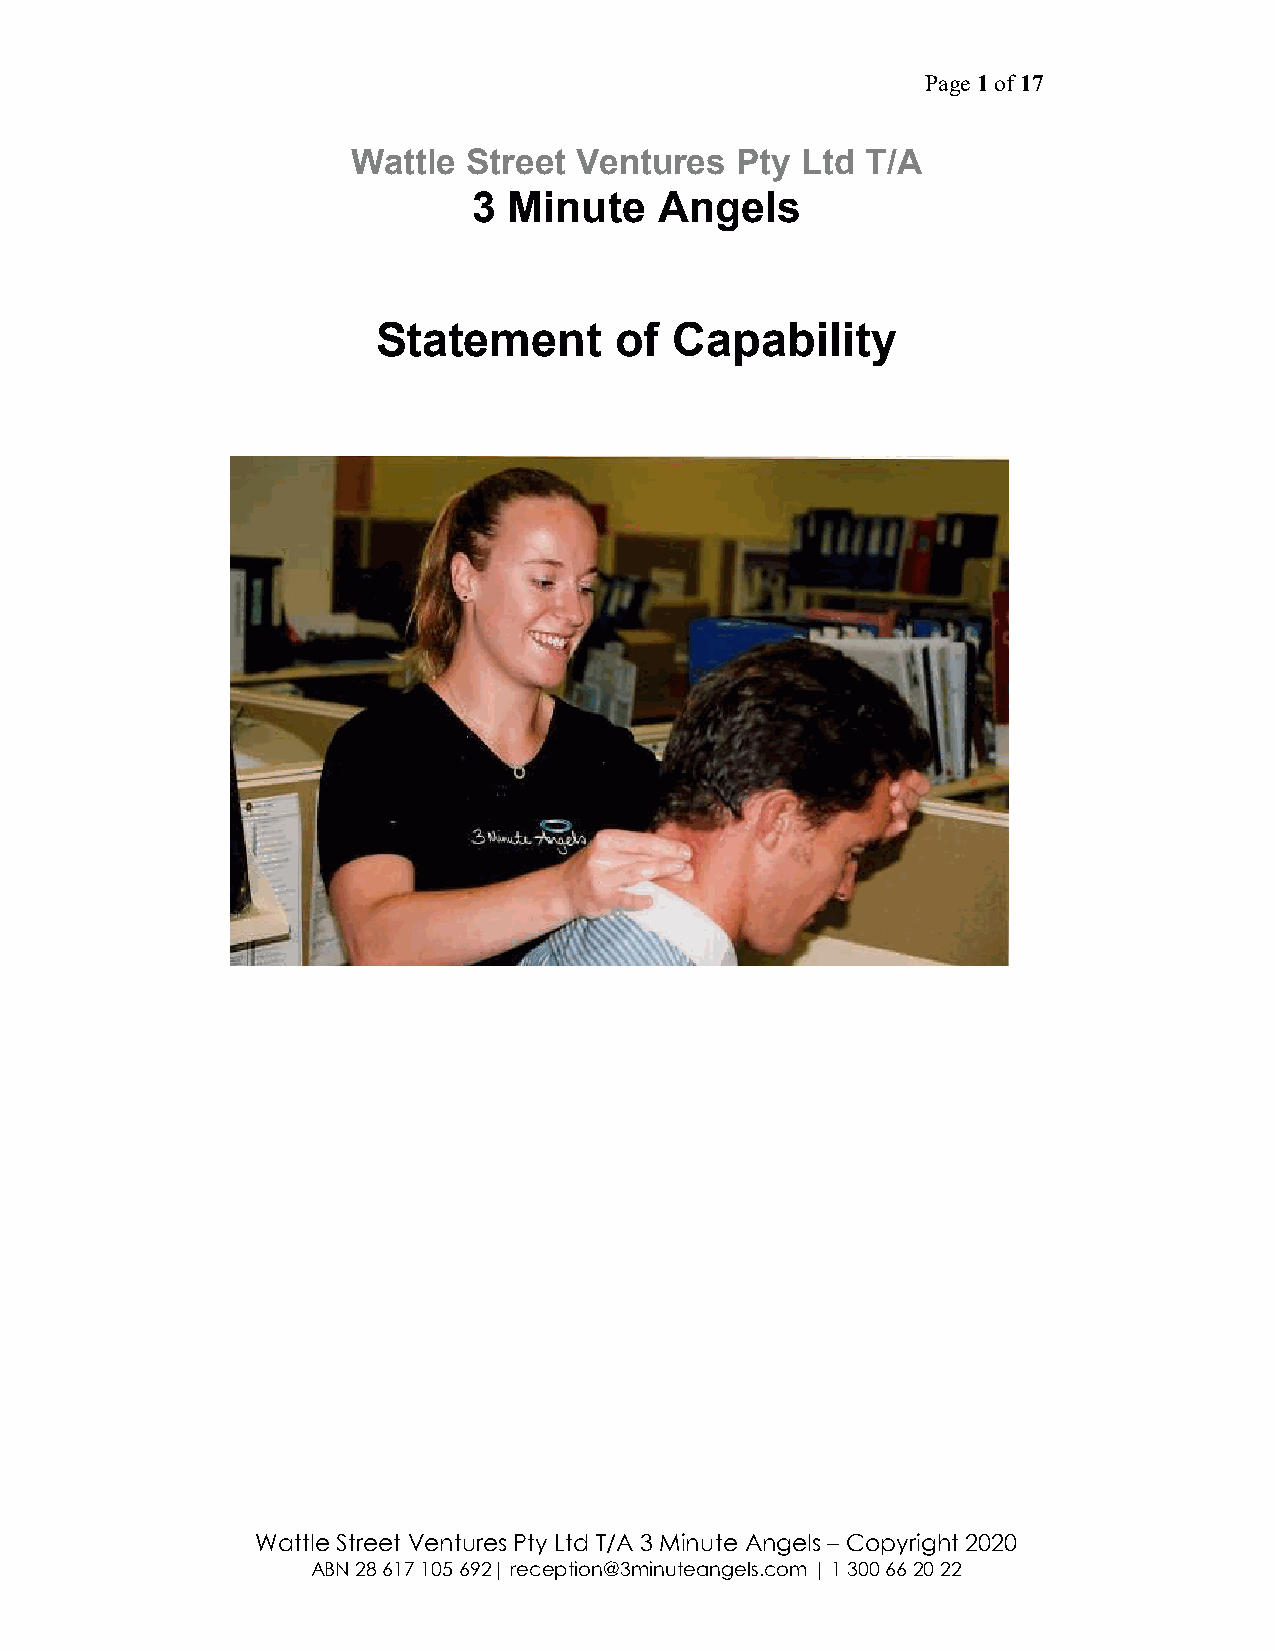
Page 1 of 17
 Wattle  Street Ventures   Pty Ltd T/A
 3  Minute    Angels
 Statement       of  Capability
 Wattle Street Ventures Pty Ltd T/A 3 Minute Angels – Copyright 2020
 ABN 28 617 105 692| reception@3minuteangels.com | 1 300 66 20 22